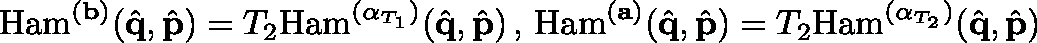
\mathrm { H a m } ^ { ( \mathbf { b } ) } ( \hat { \mathbf { q } } , \hat { \mathbf { p } } ) = T _ { 2 } \mathrm { H a m } ^ { ( \mathbf { \alpha } _ { T _ { 1 } } ) } ( \hat { \mathbf { q } } , \hat { \mathbf { p } } ) \, , \, \mathrm { H a m } ^ { ( \mathbf { a } ) } ( \hat { \mathbf { q } } , \hat { \mathbf { p } } ) = T _ { 2 } \mathrm { H a m } ^ { ( \mathbf { \alpha } _ { T _ { 2 } } ) } ( \hat { \mathbf { q } } , \hat { \mathbf { p } } )